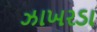
ઝાખરડા